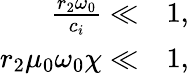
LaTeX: \begin{array}{rl}{\frac{r_{2}\omega_{0}}{c_{i}}\ll}&{{}1,}\\ {r_{2}\mu_{0}\omega_{0}\chi\ll}&{{}1,}\end{array}